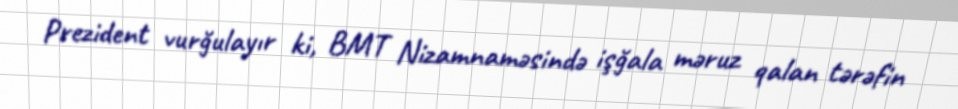
Prezident vurğulayır ki, BMT Nizamnaməsində işğala məruz qalan tərəfin